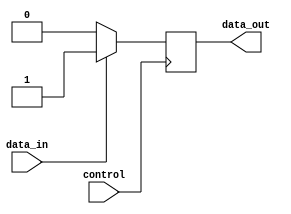
module bidirectional_buffer_gate (
      input wire data_in,
      input wire control,
      output reg data_out
);

   always @(posedge control) begin
      if (control) begin
         if (data_in) begin
            data_out <= 1'b1;
         end
         else begin
            data_out <= 1'b0;
         end
      end
   end

endmodule